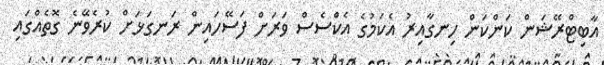
އާބިޓްރޭޝަން ކަންކަން ހިނގާއިރު އެކަމުގެ އެކްސެސް ވަރަށް ފަސޭހައިން ރަނގަޅަށް ކުރެވޭނެ ގޮތެއްގައި